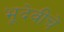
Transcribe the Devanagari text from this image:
भूदेवीचे